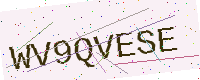
Text: WV9QVESE